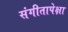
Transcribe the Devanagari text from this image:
संगीतापेक्षा